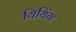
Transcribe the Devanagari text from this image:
यियिंग